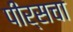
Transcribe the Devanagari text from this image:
पीर्सचा